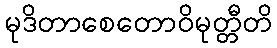
မုဒိတာစေတောဝိမုတ္တီတိ